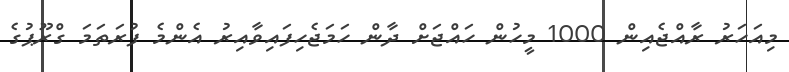
މިއަހަރު ރާއްޖެއިން 1000 މީހުން ހައްޖަށް ދާން ހަމަޖެހިފައިވާއިރު އެންމެ ފުރަތަމަ ގްރޫޕުގެ